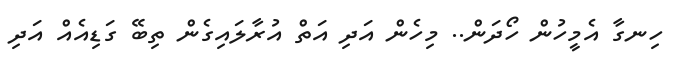
ހިނގާ އެމީހުން ހޯދަން.. މިހެން އަދި އަތް އުރާލައިގެން ތިބޭ ގަޑިއެއް އަދި